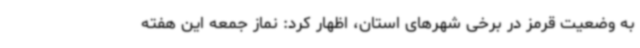
به وضعیت قرمز در برخی شهرهای استان، اظهار کرد: نماز جمعه این هفته